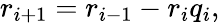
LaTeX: r_{i+1}=r_{i-1}-r_{i}q_{i},